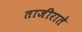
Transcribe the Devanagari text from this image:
ताजीराते